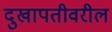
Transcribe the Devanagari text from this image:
दुखापतीवरील